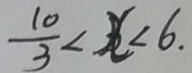
\frac { 1 0 } { 3 } < x < 6 .